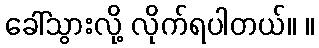
ခေါ်သွားလို့ လိုက်ရပါတယ်။ ။